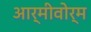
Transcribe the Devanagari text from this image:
आर्मीवोर्म